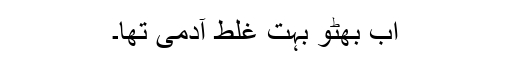
اب بھٹو بہت غلط آدمی تھا۔